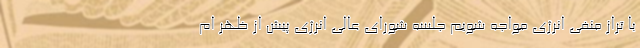
با تراز منفی انرژی مواجه شویم جلسه شورای عالی انرژی پیش از ظهر ام